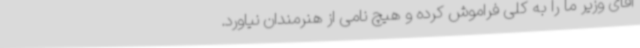
آقای وزیر ما را به کلی فراموش کرده‌ و هیچ نامی از هنرمندان نیاورد.